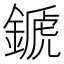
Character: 𨪉